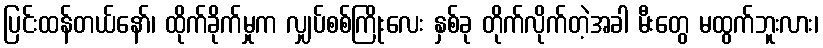
ပြင်းထန်တယ်နော်၊ ထိုက်ခိုက်မှုက လျှပ်စစ်ကြိုးလေး နှစ်ခု တိုက်လိုက်တဲ့အခါ မီးတွေ မထွက်ဘူးလား၊